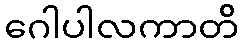
ဂေါပါလကာတိ